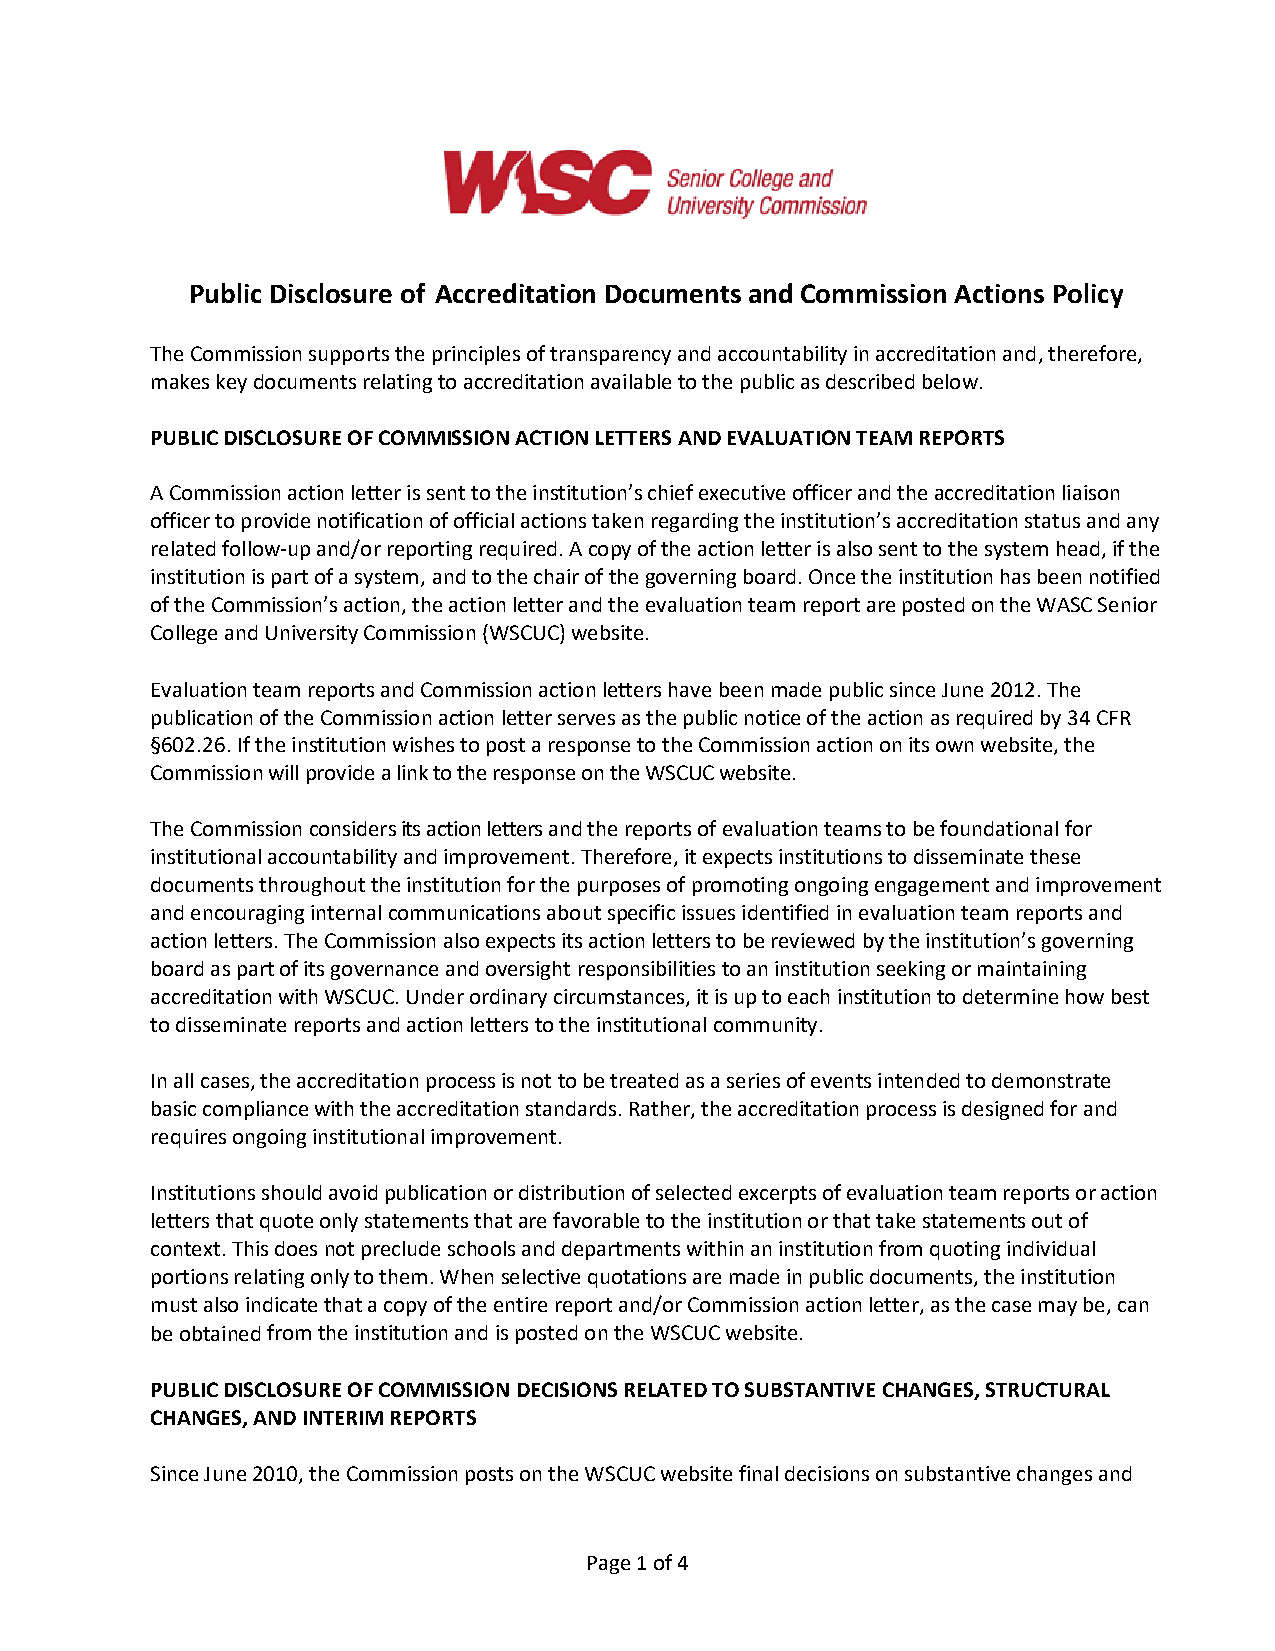
Public Disclosure of Accreditation Documents and Commission Actions Policy
 The Commission supports the principles of transparency and accountability in accreditation and, therefore,
 makes key documents relating to accreditation available to the public as described below.
 PUBLIC DISCLOSURE OF COMMISSION ACTION LETTERS AND EVALUATION TEAM REPORTS
 A Commission action letter is sent to the institution’s chief executive officer and the accreditation liaison
 officer to provide notification of official actions taken regarding the institution’s accreditation status and any
 related follow-up and/or reporting required. A copy of the action letter is also sent to the system head, if the
 institution is part of a system, and to the chair of the governing board. Once the institution has been notified
 of the Commission’s action, the action letter and the evaluation team report are posted on the WASC Senior
 College and University Commission (WSCUC) website.
 Evaluation team reports and Commission action letters have been made public since June 2012. The
 publication of the Commission action letter serves as the public notice of the action as required by 34 CFR
 §602.26. If the institution wishes to post a response to the Commission action on its own website, the
 Commission will provide a link to the response on the WSCUC website.
 The Commission considers its action letters and the reports of evaluation teams to be foundational for
 institutional accountability and improvement. Therefore, it expects institutions to disseminate these
 documents throughout the institution for the purposes of promoting ongoing engagement and improvement
 and encouraging internal communications about specific issues identified in evaluation team reports and
 action letters. The Commission also expects its action letters to be reviewed by the institution’s governing
 board as part of its governance and oversight responsibilities to an institution seeking or maintaining
 accreditation with WSCUC. Under ordinary circumstances, it is up to each institution to determine how best
 to disseminate reports and action letters to the institutional community.
 In all cases, the accreditation process is not to be treated as a series of events intended to demonstrate
 basic compliance with the accreditation standards. Rather, the accreditation process is designed for and
 requires ongoing institutional improvement.
 Institutions should avoid publication or distribution of selected excerpts of evaluation team reports or action
 letters that quote only statements that are favorable to the institution or that take statements out of
 context. This does not preclude schools and departments within an institution from quoting individual
 portions relating only to them. When selective quotations are made in public documents, the institution
 must also indicate that a copy of the entire report and/or Commission action letter, as the case may be, can
 be obtained from the institution and is posted on the WSCUC website.
 PUBLIC DISCLOSURE OF COMMISSION DECISIONS RELATED TO SUBSTANTIVE CHANGES, STRUCTURAL
 CHANGES, AND INTERIM REPORTS
 Since June 2010, the Commission posts on the WSCUC website final decisions on substantive changes and
 Page 1 of 4